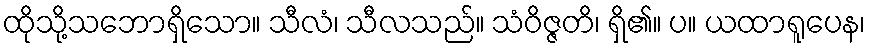
ထိုသို့သဘောရှိသော။ သီလံ၊ သီလသည်။ သံဝိဇ္ဇတိ၊ ရှိ၏။ ပ။ ယထာရူပေန၊